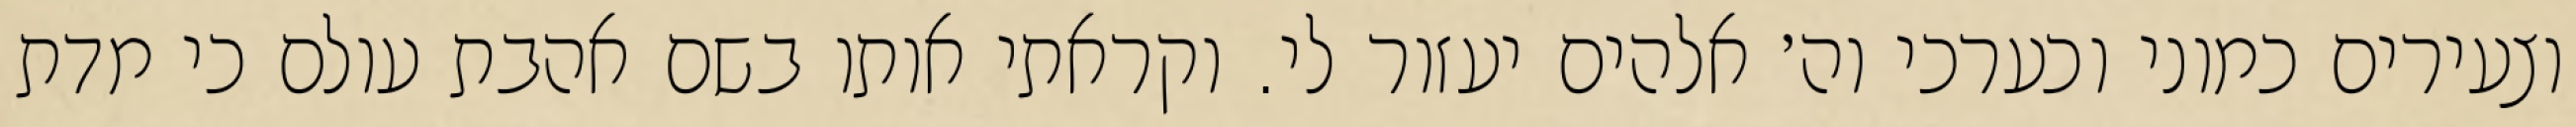
וצעירים כמוני וכערכי וה׳ אלהים יעזור לי. וקראתי אותו בשם אהבת עולם כי מדת